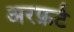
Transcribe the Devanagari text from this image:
अरफ़र्ट